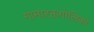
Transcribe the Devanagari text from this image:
गामारक्तगोलिका